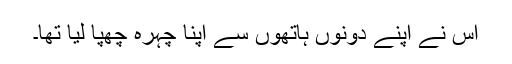
اُس نے اپنے دونوں ہاتھوں سے اپنا چہرہ چھپا لیا تھا۔